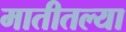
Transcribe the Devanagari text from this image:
मातीतल्या